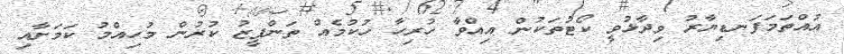
އުއްތަމަފަނޑިޔާރު ވިދާޅުވީ ކޯޓުތަކުން އިއްވާ ހުރިހާ ހުކުމެއް ތަންފީޒު ކުރުން މުހިއްމު ކަމަށާއި